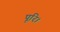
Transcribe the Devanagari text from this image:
पूरि।